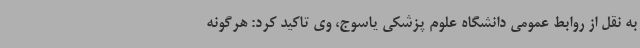
به نقل از روابط عمومی دانشگاه علوم پزشکی یاسوج، وی تاکید کرد: هرگونه